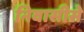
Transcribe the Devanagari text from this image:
निवासीसे